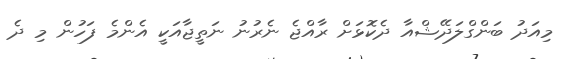
މިއަދު ބަންގްލަދޭޝްއާ ދެކޮޅަށް ރާއްޖެ ނެރުނު ނަތީޖާއަކީ އެންމެ ފަހުން މި ދެ